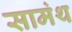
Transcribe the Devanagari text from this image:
सामंथ